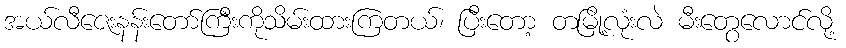
အယ်လီဇေးနန်းတော်ကြီးကိုသိမ်းထားကြတယ်၊ ပြီးတော့ တမြို့လုံးလဲ မီးတွေလောင်လို့